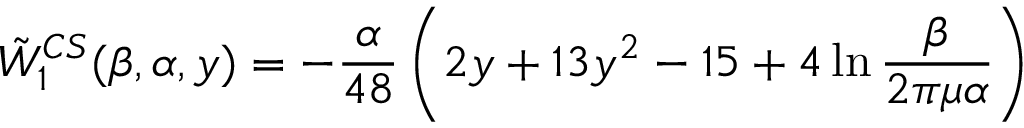
\tilde { W } _ { 1 } ^ { C S } ( \beta , \alpha , y ) = - { \frac { \alpha } { 4 8 } } \left( 2 y + 1 3 y ^ { 2 } - 1 5 + 4 \ln { \frac { \beta } { 2 \pi \mu \alpha } } \right)